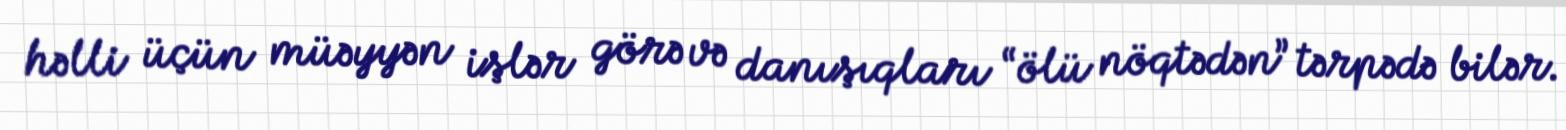
həlli üçün müəyyən işlər görə və danışıqları “ölü nöqtədən” tərpədə bilər.